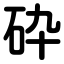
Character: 砕